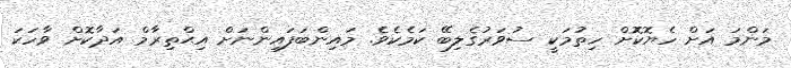
މަންމަ އަށް ހެޔޮކޮށް ހިތުމަކީ ސުވަރުގެލިބޭ ކަމެކެވެ. މައިންބަފައިންނަށް އިޙްތިރާމް އަދާކޮށް ވާހަކަ